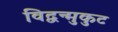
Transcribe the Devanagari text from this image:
विद्वन्मुकुट